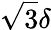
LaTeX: \sqrt{3}\delta